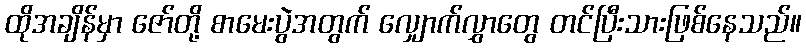
ထိုအချိန်မှာ ဇော်တို့ စာမေးပွဲအတွက် လျှောက်လွှာတွေ တင်ပြီးသားဖြစ်နေသည်။